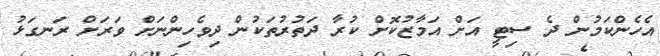
އެހެންކަމުން ދެ ސިޓީ އަށް އަމާޒުކޮށް ކުރާ ދަތުރުތަކުން ދިވެހިންނަށް ވަރަށް ރަނގަޅު